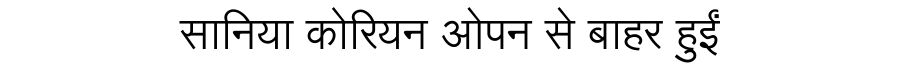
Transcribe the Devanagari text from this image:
सानिया कोरियन ओपन से बाहर हुईं